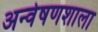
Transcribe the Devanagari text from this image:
अन्वेषणशाला